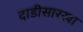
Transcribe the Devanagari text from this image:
दाडीसारखा